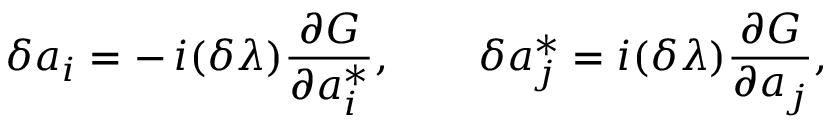
\delta a _ { i } = - \, { i } ( \delta \lambda ) { \frac { \partial G } { \partial a _ { i } ^ { * } } } , \qquad \delta a _ { j } ^ { * } = { i } ( \delta \lambda ) { \frac { \partial G } { \partial a _ { j } } } ,